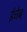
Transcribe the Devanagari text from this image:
ईचेब